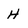
Character: H